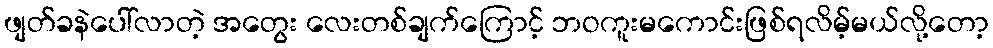
ဖျတ်ခနဲပေါ်လာတဲ့ အတွေး လေးတစ်ချက်ကြောင့် ဘဝကူးမကောင်းဖြစ်ရလိမ့်မယ်လို့တော့